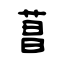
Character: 菖